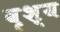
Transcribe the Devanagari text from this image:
वृश्य